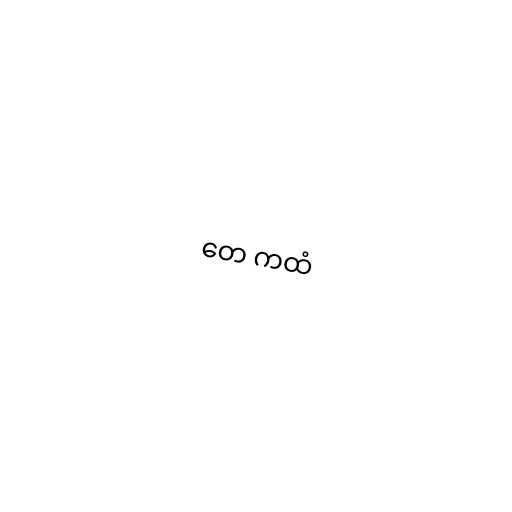
တေ ကထံ